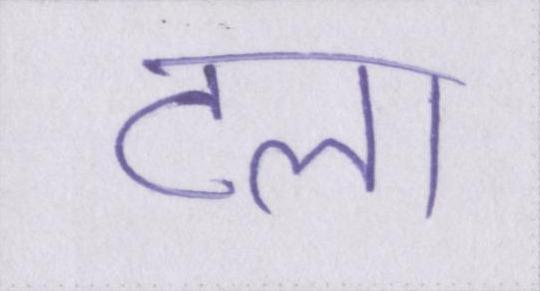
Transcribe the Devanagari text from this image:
टला